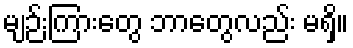
မျဉ်းကြားတွေ ဘာတွေလည်း မရှိ။